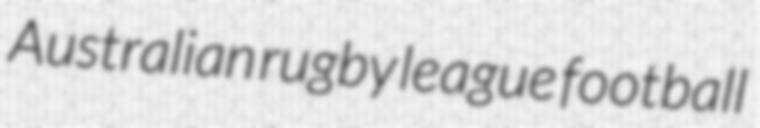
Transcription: Australian rugby league football